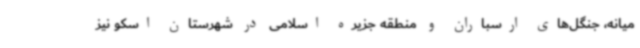
میانه، جنگل‌های ارسباران و منطقه جزیره اسلامی در شهرستان اسکو نیز